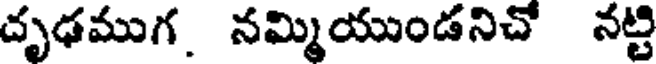
దృఢముగ. నమ్మియుండనిచో నట్టి